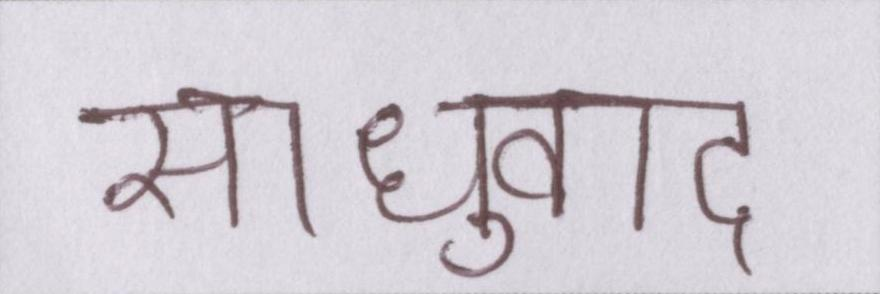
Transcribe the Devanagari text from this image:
साधुवाद